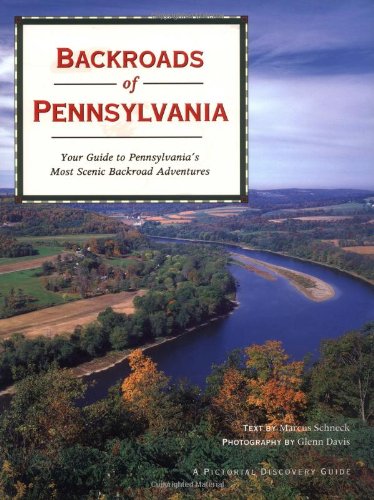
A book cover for Backroads of Pennsylvania; Marcus Schneck; Travel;